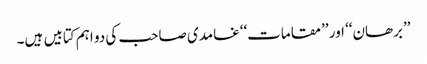
’’برھان‘‘ اور ’’مقامات‘‘غامدی صاحب کی دو اہم کتابیں ہیں۔